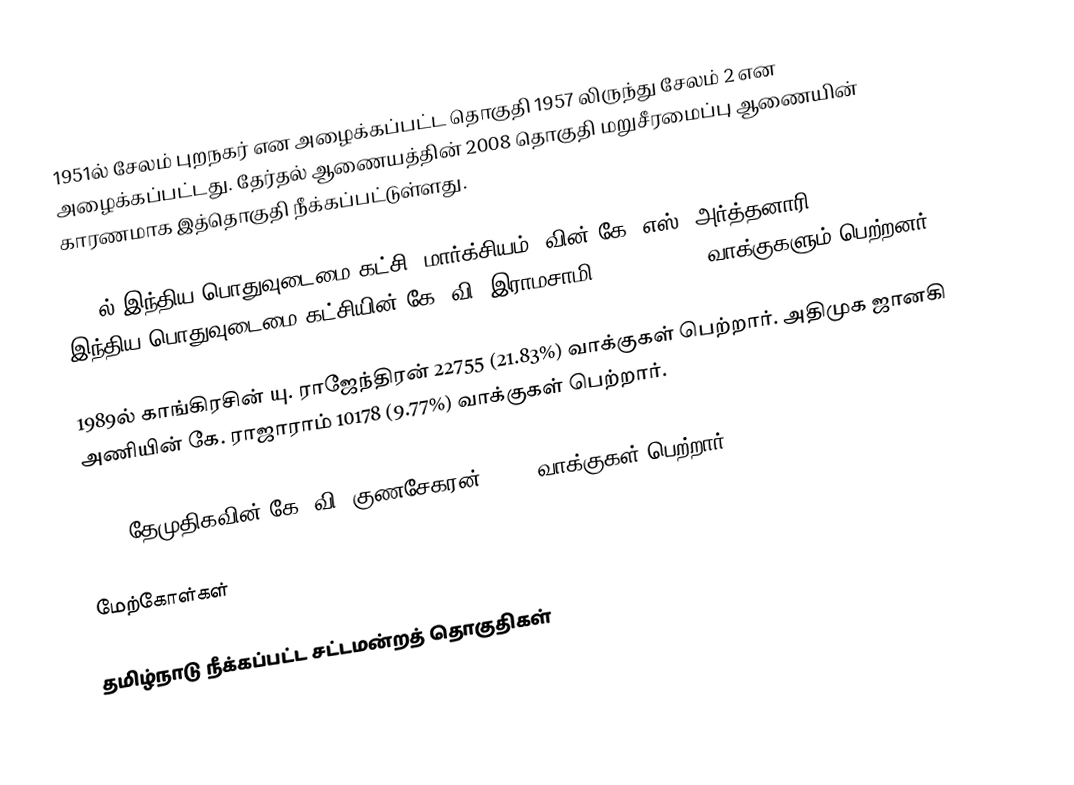
1951ல் சேலம் புறநகர் என அழைக்கப்பட்ட தொகுதி 1957 லிருந்து சேலம் 2 என அழைக்கப்பட்டது. தேர்தல் ஆணையத்தின் 2008 தொகுதி மறுசீரமைப்பு ஆணையின் காரணமாக இத்தொகுதி நீக்கப்பட்டுள்ளது.

1977ல் இந்திய பொதுவுடைமை கட்சி (மார்க்சியம்) வின் கே. எஸ். அர்த்தனாரி 19173(26.61%) & இந்திய பொதுவுடைமை கட்சியின் கே. வி. இராமசாமி 9731(13.50%) வாக்குகளும் பெற்றனர்.

1989ல் காங்கிரசின் யு. ராஜேந்திரன் 22755 (21.83%) வாக்குகள் பெற்றார். அதிமுக ஜானகி அணியின் கே. ராஜாராம் 10178 (9.77%) வாக்குகள் பெற்றார்.

2006 தேமுதிகவின் கே. வி. குணசேகரன் 20026 வாக்குகள் பெற்றார்.

மேற்கோள்கள்

தமிழ்நாடு நீக்கப்பட்ட சட்டமன்றத் தொகுதிகள்